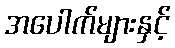
အပေါက်များနှင့်